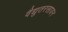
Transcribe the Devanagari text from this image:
वैद्युतरसायन